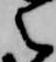
之